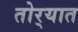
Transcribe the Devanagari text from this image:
तोर्‍यात